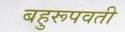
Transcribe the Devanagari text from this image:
बहुरूपवती